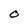
Character: O